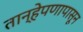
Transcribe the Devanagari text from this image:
तान्हेपणापासून